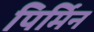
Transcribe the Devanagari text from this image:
पिर्मिन